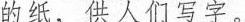
的纸，供人们写字。